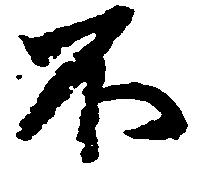
不